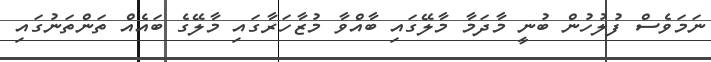
ނަމަވެސް ފުލުހުން ބުނީ މާދަމާ މާލޭގައި ބާއްވާ މުޒާހަރާގައި މާލޭގެ ބައެއް ތަންތަނުގައި